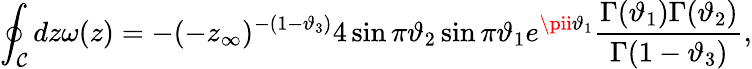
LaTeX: \oint_{\mathcal{C}}dz\omega(z)=-(-z_{\infty})^{-(1-\vartheta_{3})}4\sin\pi\vartheta_{2}\sin\pi\vartheta_{1}e^{\pii\vartheta_{1}}\frac{{\Gamma(\vartheta_{1})\Gamma(\vartheta_{2})}}{{\Gamma(1-\vartheta_{3})}},